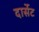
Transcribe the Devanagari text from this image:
दार्सेट